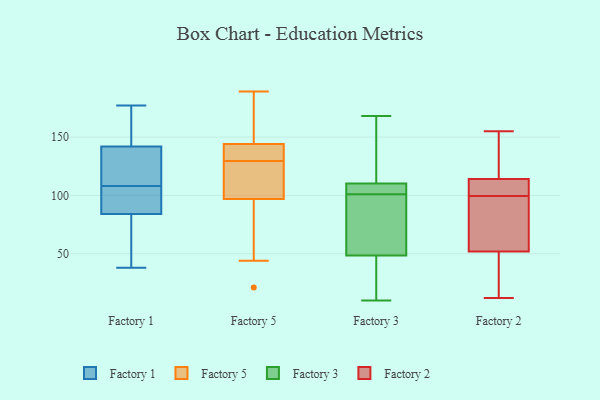
{"axis": {"x": "Customer Acquisition Cost (USD)", "y": "Value"}, "legend": ["Factory 1", "Factory 2", "Factory 3", "Factory 5"], "data": [{"x": "", "y": 84, "type": "Factory 1"}, {"x": "", "y": 106, "type": "Factory 1"}, {"x": "", "y": 38, "type": "Factory 1"}, {"x": "", "y": 177, "type": "Factory 1"}, {"x": "", "y": 119, "type": "Factory 1"}, {"x": "", "y": 50, "type": "Factory 1"}, {"x": "", "y": 97, "type": "Factory 1"}, {"x": "", "y": 175, "type": "Factory 1"}, {"x": "", "y": 142, "type": "Factory 1"}, {"x": "", "y": 74, "type": "Factory 1"}, {"x": "", "y": 114, "type": "Factory 1"}, {"x": "", "y": 106, "type": "Factory 1"}, {"x": "", "y": 110, "type": "Factory 1"}, {"x": "", "y": 168, "type": "Factory 1"}, {"x": "", "y": 44, "type": "Factory 5"}, {"x": "", "y": 181, "type": "Factory 5"}, {"x": "", "y": 66, "type": "Factory 5"}, {"x": "", "y": 126, "type": "Factory 5"}, {"x": "", "y": 125, "type": "Factory 5"}, {"x": "", "y": 184, "type": "Factory 5"}, {"x": "", "y": 21, "type": "Factory 5"}, {"x": "", "y": 140, "type": "Factory 5"}, {"x": "", "y": 144, "type": "Factory 5"}, {"x": "", "y": 133, "type": "Factory 5"}, {"x": "", "y": 114, "type": "Factory 5"}, {"x": "", "y": 189, "type": "Factory 5"}, {"x": "", "y": 140, "type": "Factory 5"}, {"x": "", "y": 97, "type": "Factory 5"}, {"x": "", "y": 10, "type": "Factory 3"}, {"x": "", "y": 117, "type": "Factory 3"}, {"x": "", "y": 106, "type": "Factory 3"}, {"x": "", "y": 119, "type": "Factory 3"}, {"x": "", "y": 108, "type": "Factory 3"}, {"x": "", "y": 13, "type": "Factory 3"}, {"x": "", "y": 168, "type": "Factory 3"}, {"x": "", "y": 64, "type": "Factory 3"}, {"x": "", "y": 92, "type": "Factory 3"}, {"x": "", "y": 101, "type": "Factory 3"}, {"x": "", "y": 17, "type": "Factory 3"}, {"x": "", "y": 103, "type": "Factory 3"}, {"x": "", "y": 59, "type": "Factory 3"}, {"x": "", "y": 12, "type": "Factory 2"}, {"x": "", "y": 155, "type": "Factory 2"}, {"x": "", "y": 148, "type": "Factory 2"}, {"x": "", "y": 98, "type": "Factory 2"}, {"x": "", "y": 68, "type": "Factory 2"}, {"x": "", "y": 101, "type": "Factory 2"}, {"x": "", "y": 104, "type": "Factory 2"}, {"x": "", "y": 34, "type": "Factory 2"}, {"x": "", "y": 52, "type": "Factory 2"}, {"x": "", "y": 114, "type": "Factory 2"}]}